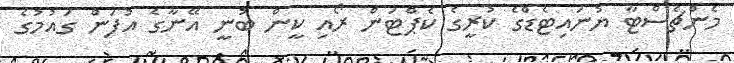
މެންޗެސްޓާ ޔުނައިޓެޑްގެ ކުރީގެ ކެޕްޓަން ރޯއި ކީން ބުނީ އޭނާގެ އުފަން ގައުމުގެ